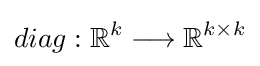
diag:\mathbb {R} ^{k}\longrightarrow \mathbb {R} ^{k\times k}